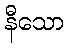
နီသော